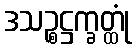
ဒသဉ္စဋ္ဌက္ခတ္ထုံ